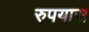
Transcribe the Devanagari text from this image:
रुपयास